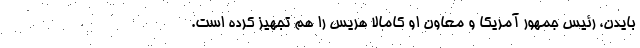
بایدن، رئیس جمهور آمریکا و معاون او کامالا هریس را هم تجهیز کرده است.